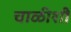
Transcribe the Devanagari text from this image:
चाळीशी